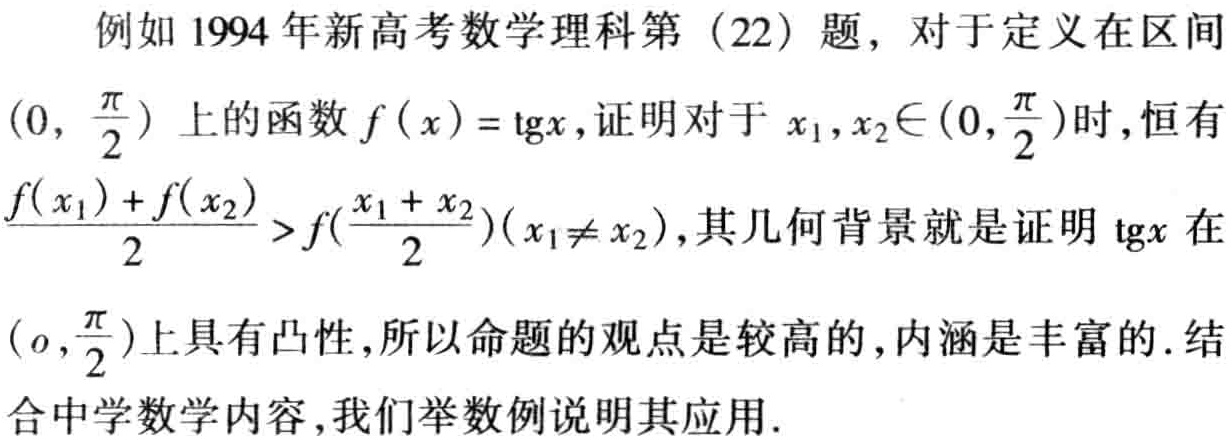
例如 1994 年新高考数学理科第（22）题，对于定义在区间\((0, \frac{\pi}{2})\)上的函数\(f(x)=\text{tg}x\)，证明对于\(x_1,x_2\in(0,\frac{\pi}{2})\)时，恒有\(\frac{f(x_1)+f(x_2)}{2}>f(\frac{x_1 + x_2}{2})(x_1\neq x_2)\)，其几何背景就是证明\(\text{tg}x\)在\((0,\frac{\pi}{2})\)上具有凸性，所以命题的观点是较高的，内涵是丰富的. 结合中学数学内容，我们举数例说明其应用.